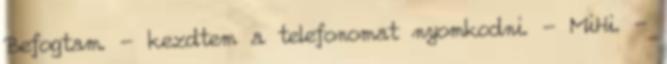
Befogtam. - kezdtem a telefonomat nyomkodni. - MiHi. -